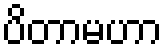
ပိတာမဟာ